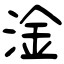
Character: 淦